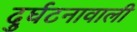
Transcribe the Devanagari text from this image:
दुर्घटनावाली